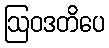
ဩဝဒတိပေ